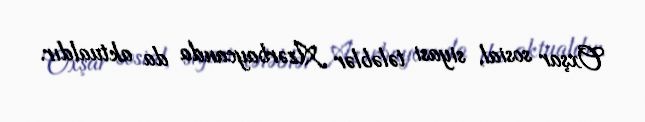
Oxşar sosial, siyasi tələblər Azərbaycanda da aktualdır.